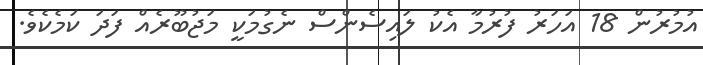
އުމުރުން 18 އަހަރު ފުރުމާ އެކު ލައިސެންސް ނެގުމަކީ މަޖުބޫރެއް ފަދަ ކަމެކެވެ.